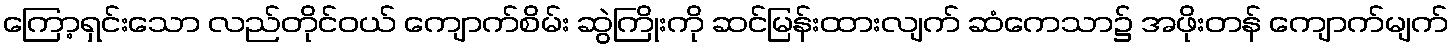
ကြော့ရှင်းသော လည်တိုင်ဝယ် ကျောက်စိမ်း ဆွဲကြိုးကို ဆင်မြန်းထားလျက် ဆံကေသာ၌ အဖိုးတန် ကျောက်မျက်